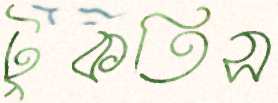
টুকতিস